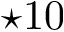
\star 1 0